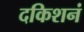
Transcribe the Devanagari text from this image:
दकिशनं